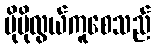
ပိုမိုလွယ်ကူစေသည်